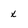
Character: x